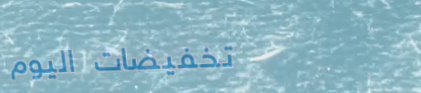
تخفيضات اليوم